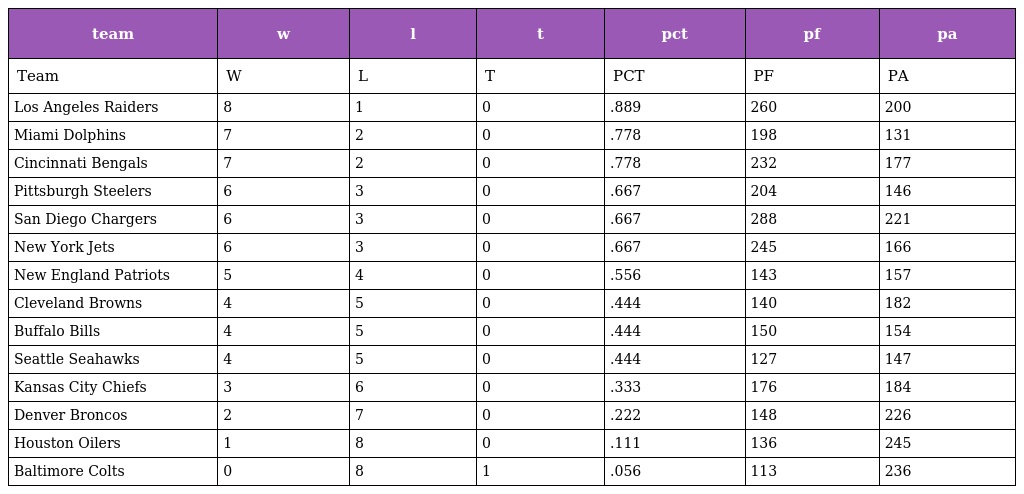
| team | w | l | t | pct | pf | pa |
 | --- | --- | --- | --- | --- | --- | --- |
 | Team | W | L | T | PCT | PF | PA |
 | Los Angeles Raiders | 8 | 1 | 0 | .889 | 260 | 200 |
 | Miami Dolphins | 7 | 2 | 0 | .778 | 198 | 131 |
 | Cincinnati Bengals | 7 | 2 | 0 | .778 | 232 | 177 |
 | Pittsburgh Steelers | 6 | 3 | 0 | .667 | 204 | 146 |
 | San Diego Chargers | 6 | 3 | 0 | .667 | 288 | 221 |
 | New York Jets | 6 | 3 | 0 | .667 | 245 | 166 |
 | New England Patriots | 5 | 4 | 0 | .556 | 143 | 157 |
 | Cleveland Browns | 4 | 5 | 0 | .444 | 140 | 182 |
 | Buffalo Bills | 4 | 5 | 0 | .444 | 150 | 154 |
 | Seattle Seahawks | 4 | 5 | 0 | .444 | 127 | 147 |
 | Kansas City Chiefs | 3 | 6 | 0 | .333 | 176 | 184 |
 | Denver Broncos | 2 | 7 | 0 | .222 | 148 | 226 |
 | Houston Oilers | 1 | 8 | 0 | .111 | 136 | 245 |
 | Baltimore Colts | 0 | 8 | 1 | .056 | 113 | 236 |